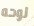
لوحه